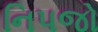
નિપજો